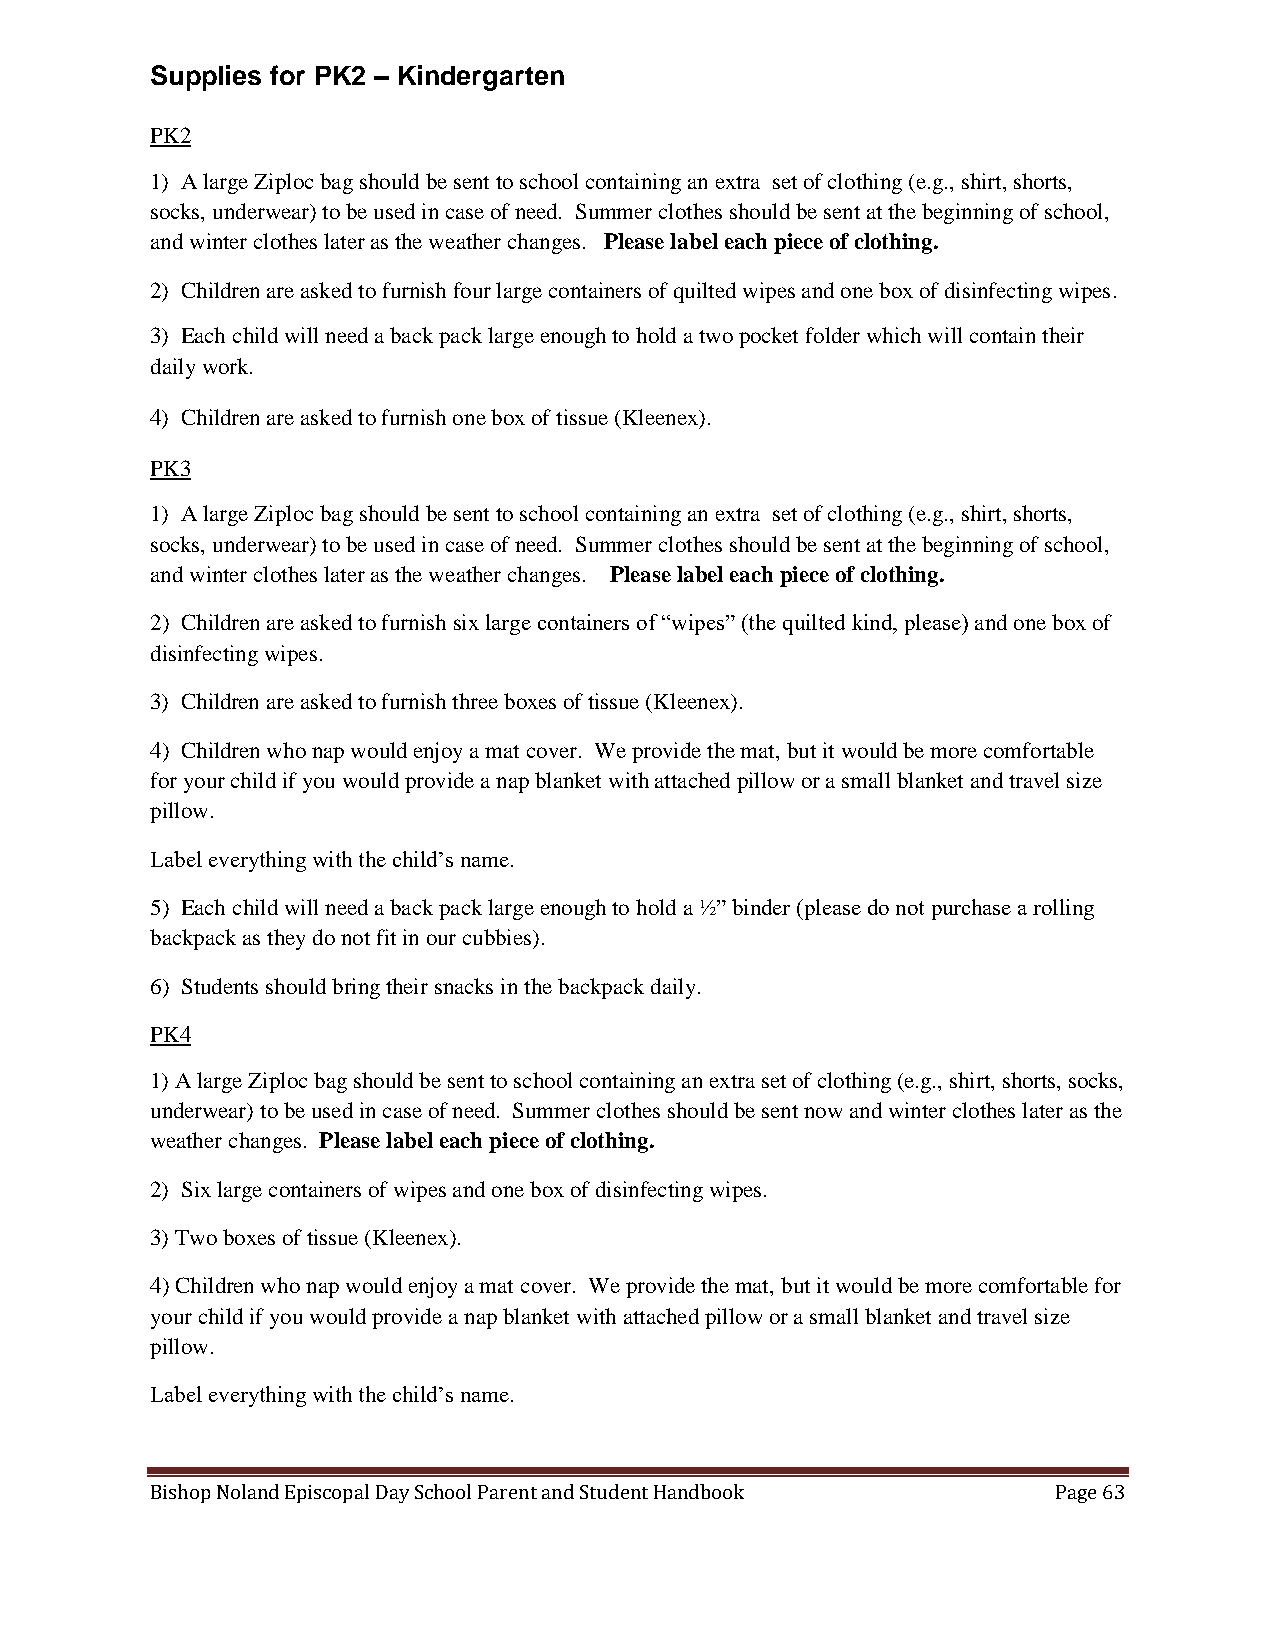
Supplies for PK2 – Kindergarten
 PK2
 1) A large Ziploc bag should be sent to school containing an extra set of clothing (e.g., shirt, shorts,
 socks, underwear) to be used in case of need. Summer clothes should be sent at the beginning of school,
 and winter clothes later as the weather changes. Please label each piece of clothing.
 2) Children are asked to furnish four large containers of quilted wipes and one box of disinfecting wipes.
 3) Each child will need a back pack large enough to hold a two pocket folder which will contain their
 daily work.
 4) Children are asked to furnish one box of tissue (Kleenex).
 PK3
 1) A large Ziploc bag should be sent to school containing an extra set of clothing (e.g., shirt, shorts,
 socks, underwear) to be used in case of need. Summer clothes should be sent at the beginning of school,
 and winter clothes later as the weather changes. Please label each piece of clothing.
 2) Children are asked to furnish six large containers of “wipes” (the quilted kind, please) and one box of
 disinfecting wipes.
 3) Children are asked to furnish three boxes of tissue (Kleenex).
 4) Children who nap would enjoy a mat cover. We provide the mat, but it would be more comfortable
 for your child if you would provide a nap blanket with attached pillow or a small blanket and travel size
 pillow.
 Label everything with the child’s name.
 5) Each child will need a back pack large enough to hold a ½” binder (please do not purchase a rolling
 backpack as they do not fit in our cubbies).
 6) Students should bring their snacks in the backpack daily.
 PK4
 1) A large Ziploc bag should be sent to school containing an extra set of clothing (e.g., shirt, shorts, socks,
 underwear) to be used in case of need. Summer clothes should be sent now and winter clothes later as the
 weather changes. Please label each piece of clothing.
 2) Six large containers of wipes and one box of disinfecting wipes.
 3) Two boxes of tissue (Kleenex).
 4) Children who nap would enjoy a mat cover. We provide the mat, but it would be more comfortable for
 your child if you would provide a nap blanket with attached pillow or a small blanket and travel size
 pillow.
 Label everything with the child’s name.
 Bishop Noland Episcopal Day School Parent and Student Handbook Page 63